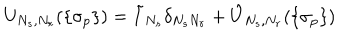
U _ { N _ { s } , N _ { r } } ( \{ \sigma _ { p } \} ) = \tilde { I } _ { N _ { s } } \delta _ { N _ { s } N _ { r } } + \hat { U } _ { N _ { s } , N _ { r } } ( \{ \sigma _ { p } \} )